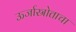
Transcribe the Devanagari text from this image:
ऊर्जास्रोताचा